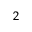
_ 2